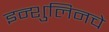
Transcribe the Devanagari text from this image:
इन्शुलिनचे